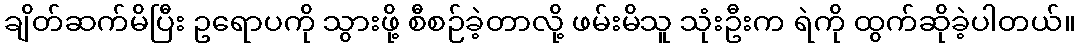
ချိတ်ဆက်မိပြီး ဥရောပကို သွားဖို့ စီစဉ်ခဲ့တာလို့ ဖမ်းမိသူ သုံးဦးက ရဲကို ထွက်ဆိုခဲ့ပါတယ်။